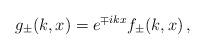
LaTeX: \begin{align*}g_\pm(k,x)=e^{\mp ikx}f_\pm(k,x) \,,\end{align*}